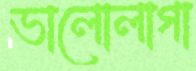
ভালোলাগা